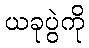
ယခုပွဲကို